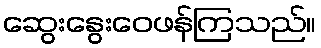
ဆွေးနွေးဝေဖန်ကြသည်။